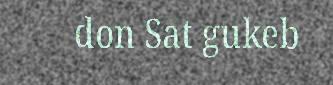
don Sat gukeb